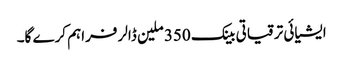
ایشیائی ترقیاتی بینک 350 ملین ڈالر فراہم کرے گا۔